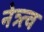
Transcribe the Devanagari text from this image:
नेत्र्त्व